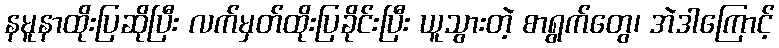
နမူနာထိုးပြဆိုပြီး လက်မှတ်ထိုးပြခိုင်းပြီး ယူသွားတဲ့ စာရွက်တွေ၊ အဲဒါကြောင့်